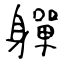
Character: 軃